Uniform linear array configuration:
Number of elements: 8
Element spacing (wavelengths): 0.5
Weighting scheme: binomial
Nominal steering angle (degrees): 30
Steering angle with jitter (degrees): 30.778
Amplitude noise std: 0.05
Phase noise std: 0.05

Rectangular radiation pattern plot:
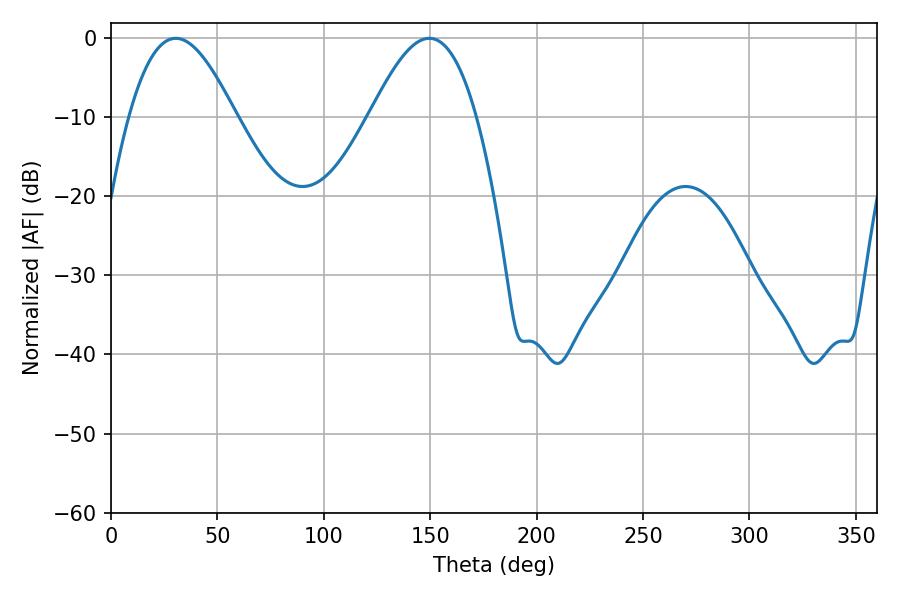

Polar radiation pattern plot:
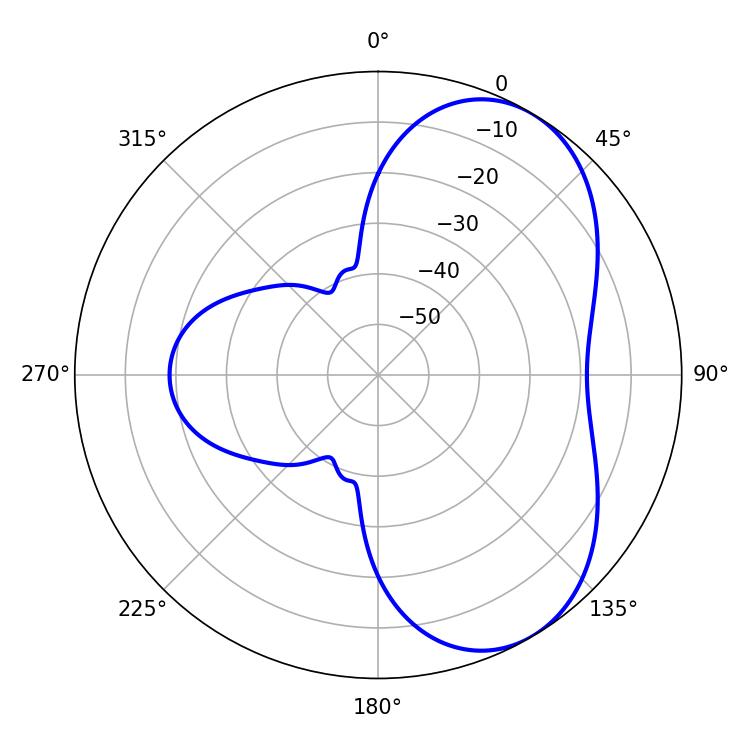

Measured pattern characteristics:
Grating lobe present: FALSE
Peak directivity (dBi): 5.626
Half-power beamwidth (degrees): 27.18
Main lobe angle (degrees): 30.42